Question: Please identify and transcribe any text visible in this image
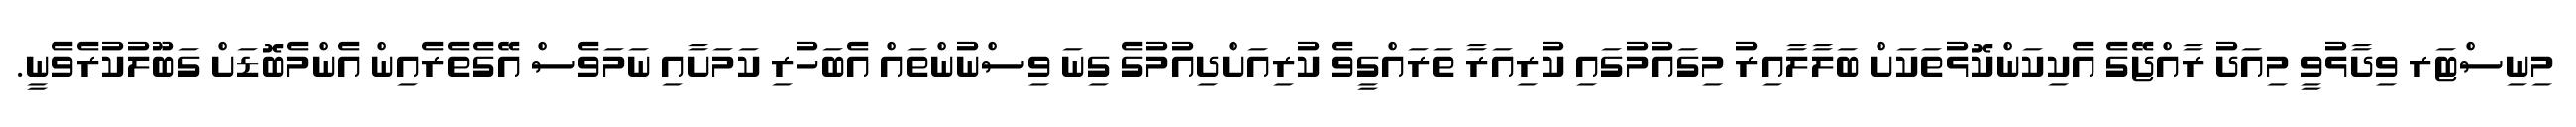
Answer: މިނިސްޓަރ ވިދާޅުވީ މިއަދު ރާއްޖޭގެ އެކިކަންކޮޅުތަކަށް ބަލާލާއިރު މިގައުމުގައި ކުރިއަރާ ތަރައްގީވެ ކުރިއަށްދިއުމުގެ ގިނަ ވިސްނުންތައް އެބަހުރި ކަމަށާއި ނަމަވެސް އޭގެތެރެއިން އެންމެބޮޑަށް ގަބޫލުކުރެވެނީ.